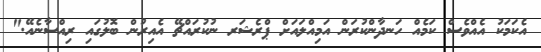
އެކަމަކު އެއްވެސް ކަމެއް ހަނދާންކުރަން އަމިއްލައަށް ޕްރެޝަރ ނުކުރައްޗޭ އެއިރުން ބޮލުގައި ރިއްސާނެއޭ."